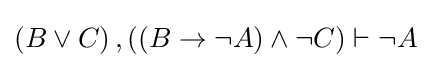
\left(B\lor C\right),\left(\left(B\rightarrow \lnot A\right)\land \lnot C\right)\vdash \lnot A